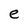
Character: e